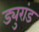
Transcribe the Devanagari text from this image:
ड्युरांड